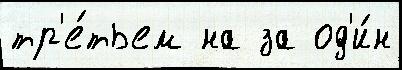
тр'е́тьем на за од'и́н